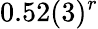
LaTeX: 0.52(3)^{r}